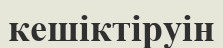
кешіктіруін